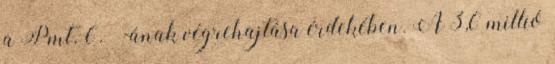
a Pmt. 6. §-ának végrehajtása érdekében. A 3,6 millió